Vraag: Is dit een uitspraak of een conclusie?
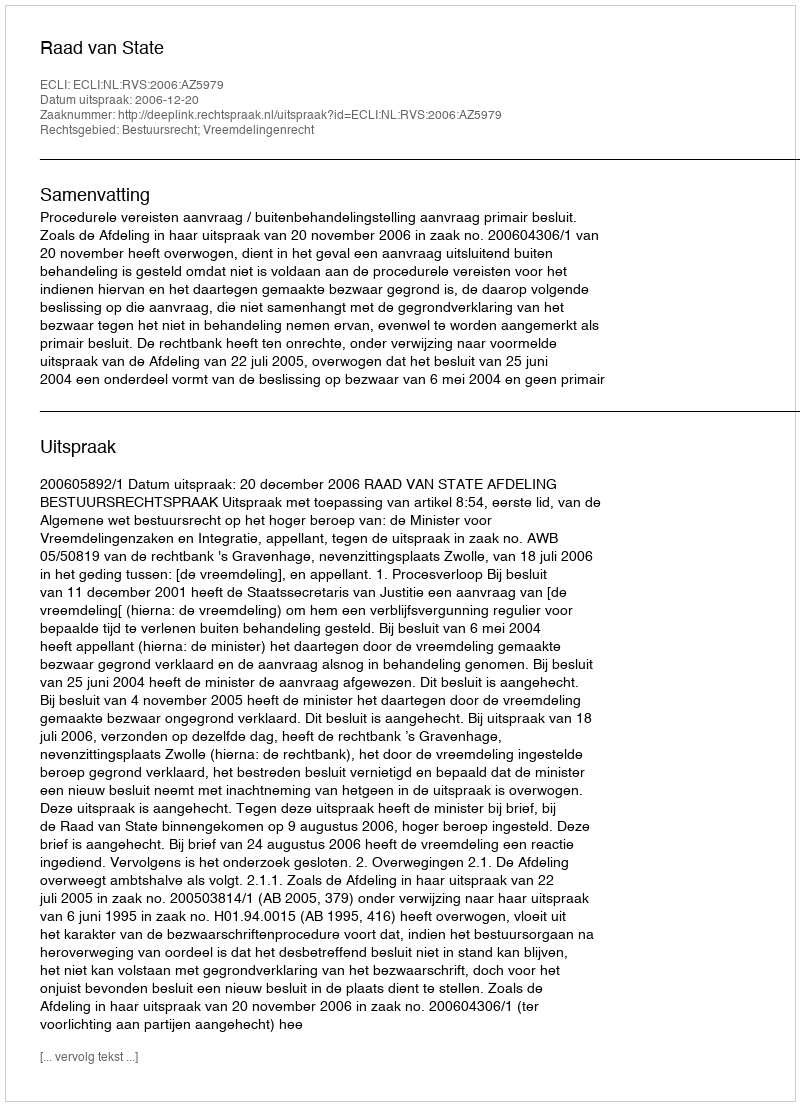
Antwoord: Uitspraak